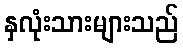
နှလုံးသားများသည်